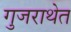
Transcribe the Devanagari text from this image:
गुजराथेत